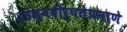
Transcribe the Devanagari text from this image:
र्‍हस्वदीर्घतेप्रमाणे